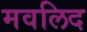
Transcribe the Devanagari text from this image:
मवलिद